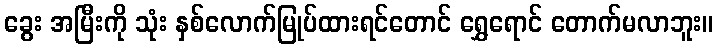
ခွေး အမြီးကို သုံး နှစ်လောက်မြုပ်ထားရင်တောင် ရွှေရောင် တောက်မလာဘူး။